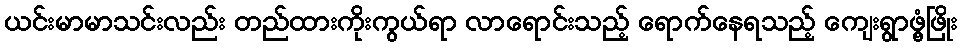
ယင်းမာမာသင်းလည်း တည်ထားကိုးကွယ်ရာ လာရောင်းသည့် ရောက်နေရသည့် ကျေးရွာဖွံ့ဖြိုး